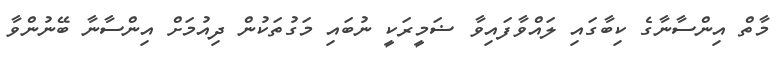
މާތް އިންސާނާގެ ކިބާގައި ލައްވާފައިވާ ޟަމީރަކީ ނުބައި މަގުތަކުން ދިއުމަށް އިންސާނާ ބޭނުންވާ